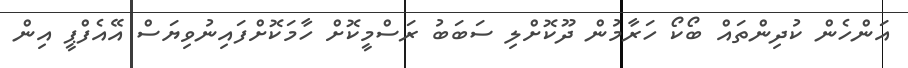
އަންހެން ކުދިންތައް ބޯކޯ ހަރާމުން ދޫކޮށްލި ސަބަބު ރަސްމީކޮށް ހާމަކޮށްފައިނުވިޔަސް އޭއެފްޕީ އިން